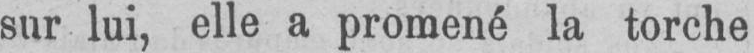
sur lui, elle a promené la torche